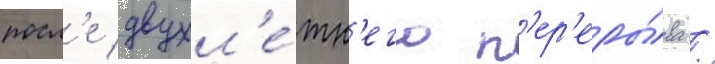
посл'е двухл'е́тн'его п'ер'еры́ва /